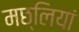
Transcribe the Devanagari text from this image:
मछ्लियां